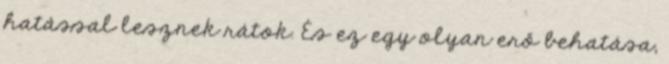
hatással lesznek rátok. És ez egy olyan erő behatása,